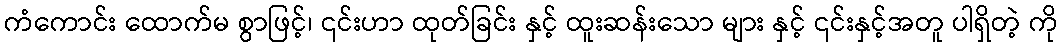
ကံကောင်း ထောက်မ စွာဖြင့်၊ ၎င်းဟာ ထုတ်ခြင်း နှင့် ထူးဆန်းသော များ နှင့် ၎င်းနှင့်အတူ ပါရှိတဲ့ ကို